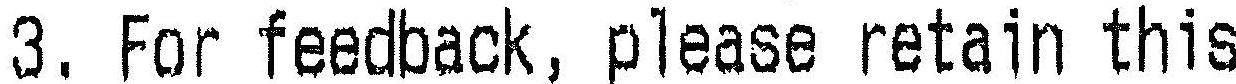
3. FOR FEEDBACK, PLEASE RETAIN THIS